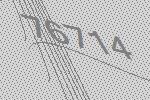
76714